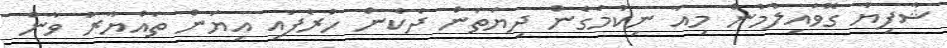
ޝާފިޔާ ގޮވައިލުމުން މިއާ ނިކުމެގެން ދިޔަތަން ދެކެން ހުރެފައި އިޔަން ތައްޔާރު ވާން